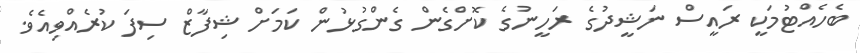
ބެހެއްޓުމަކީ ރައީސް ނަޝީދުގެ ރަހީނުގެ ކޮށްގެން ގެންގުޅުން ކަމަށް ޝިފާޒް ސިފަ ކުރެއްވިއެވެ.